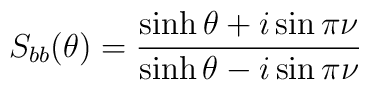
S_{bb}(\theta)=\frac{\sinh\theta+i\sin\pi\nu}{\sinh\theta-i\sin\pi\nu}